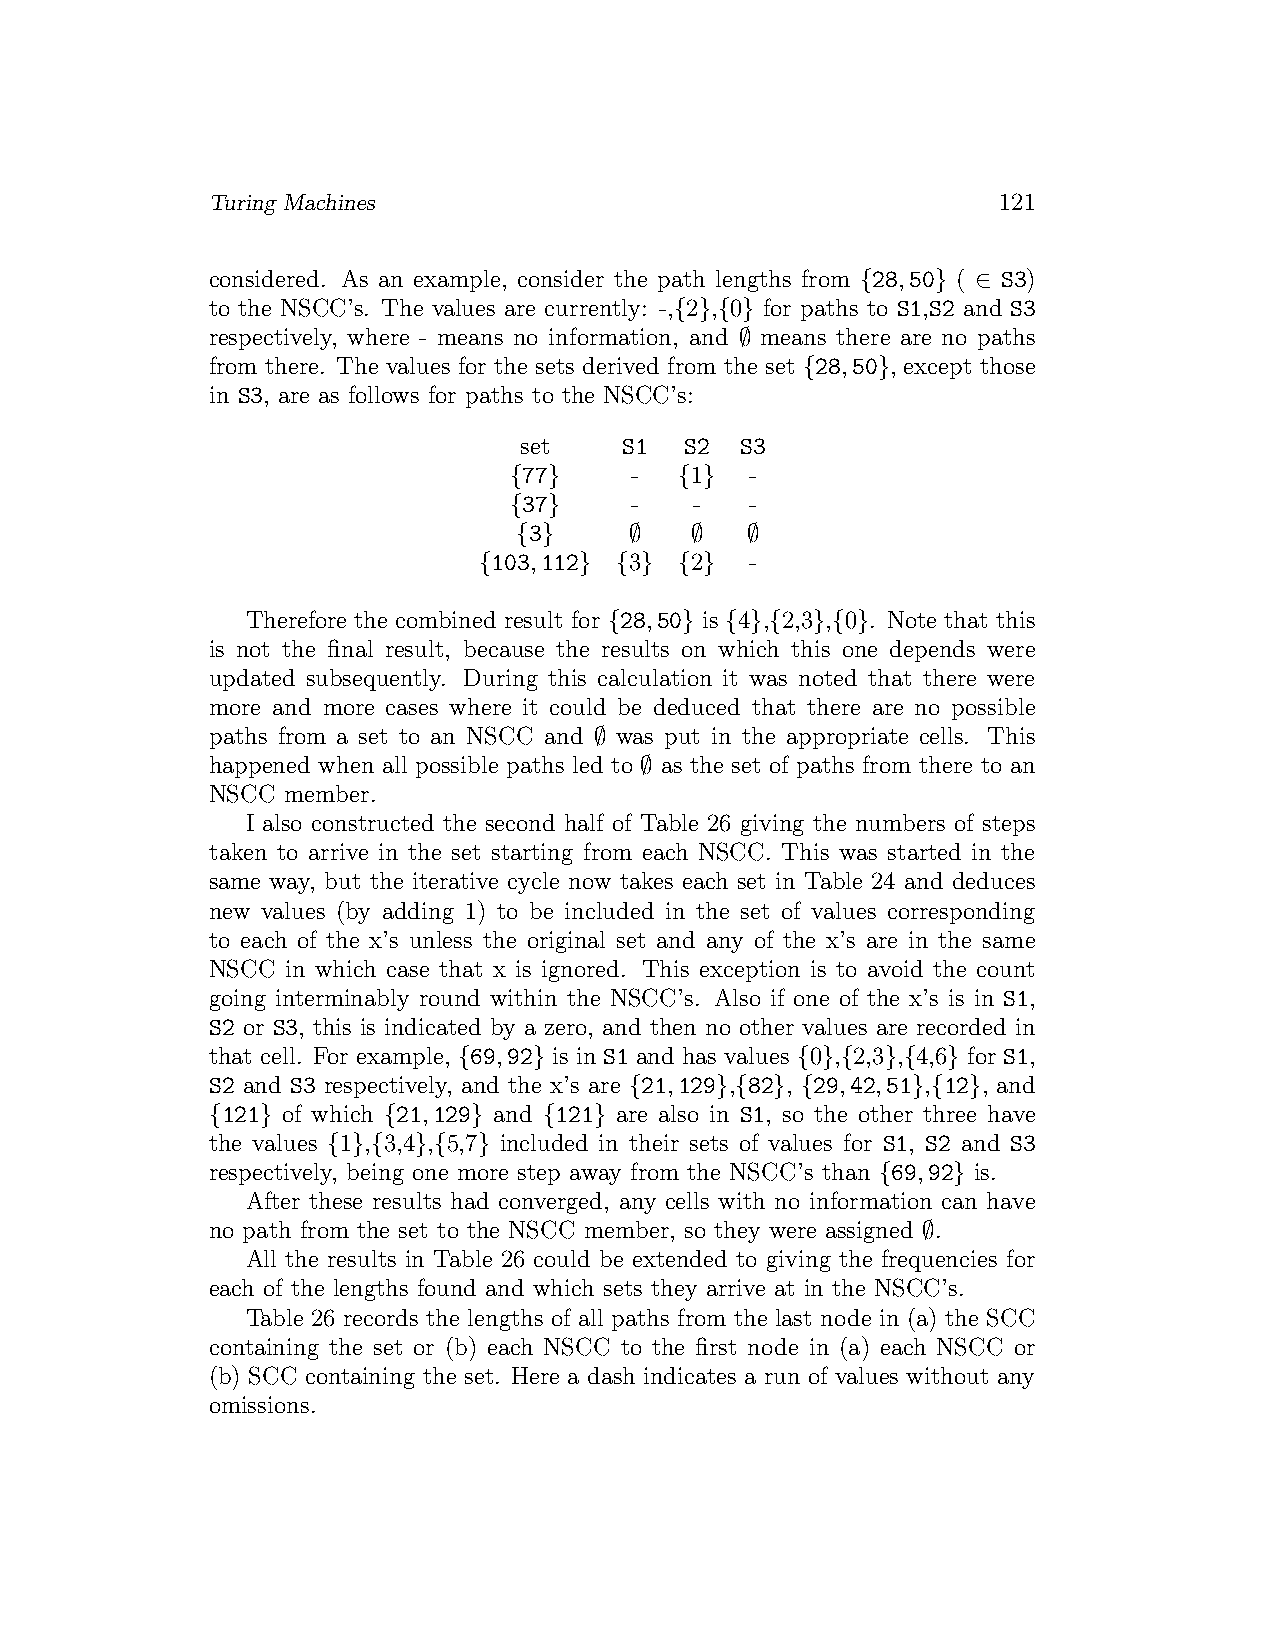
Turing Machines                                     121
 considered. As an example, consider the path lengths from {28,50} ( ∈ S3)
 to the NSCC’s. The values are currently: -,{2},{0} for paths to S1,S2 and S3
 respectively, where - means no information, and ∅ means there are no paths
 from there. The values for the sets derived from the set {28,50}, except those
 in S3, are as follows for paths to the NSCC’s:
 set    S1  S2  S3
 {77}    -  {1}  -
 {37}    -   -   -
 {3}     ∅   ∅  ∅
 {103,112} {3} {2} -
 Therefore the combined result for {28,50} is {4},{2,3},{0}. Note that this
 is not the final result, because the results on which this one depends were
 updated subsequently. During this calculation it was noted that there were
 more and more cases where it could be deduced that there are no possible
 paths from a set to an NSCC and ∅ was put in the appropriate cells. This
 happened when all possible paths led to ∅ as the set of paths from there to an
 NSCC member.
 I also constructed the second half of Table 26 giving the numbers of steps
 taken to arrive in the set starting from each NSCC. This was started in the
 same way, but the iterative cycle now takes each set in Table 24 and deduces
 new values (by adding 1) to be included in the set of values corresponding
 to each of the x’s unless the original set and any of the x’s are in the same
 NSCC in which case that x is ignored. This exception is to avoid the count
 going interminably round within the NSCC’s. Also if one of the x’s is in S1,
 S2 or S3, this is indicated by a zero, and then no other values are recorded in
 that cell. For example, {69,92} is in S1 and has values {0},{2,3},{4,6} for S1,
 S2 and S3 respectively, and the x’s are {21,129},{82}, {29,42,51},{12}, and
 {121} of which {21,129} and {121} are also in S1, so the other three have
 the values {1},{3,4},{5,7} included in their sets of values for S1, S2 and S3
 respectively, being one more step away from the NSCC’s than {69,92} is.
 After these results had converged, any cells with no information can have
 no path from the set to the NSCC member, so they were assigned ∅.
 All the results in Table 26 could be extended to giving the frequencies for
 each of the lengths found and which sets they arrive at in the NSCC’s.
 Table 26 records the lengths of all paths from the last node in (a) the SCC
 containing the set or (b) each NSCC to the first node in (a) each NSCC or
 (b) SCC containing the set. Here a dash indicates a run of values without any
 omissions.